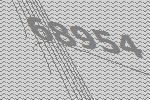
68954